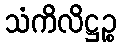
သံကိလိဋ္ဌဉ္စ